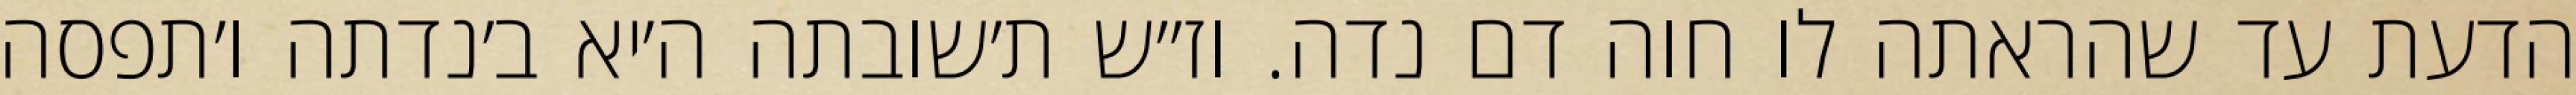
הדעת עד שהראתה לו חוה דם נדה. וז״ש ת׳שובתה ה׳יא ב׳נדתה ו׳תפסה